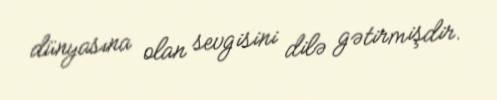
dünyasına olan sevgisini dilə gətirmişdir.